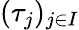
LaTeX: (\tau_{j})_{j\in I}